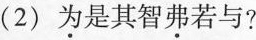
(2)为是其智弗若与?